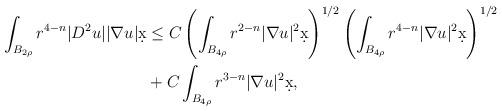
LaTeX: \begin{align*}\int_{B_{2\rho}} r^{4-n} |D^2 u| |\nabla u| \d x &\leq C \left(\int_{B_{4\rho}} r^{2-n} |\nabla u|^2 \d x\right)^{1/2}\left( \int_{B_{4\rho}} r^{4-n} |\nabla u|^2 \d x\right)^{1/2} \\& + C \int_{B_{4\rho}} r^{3-n} |\nabla u|^2 \d x,\end{align*}